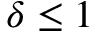
\delta \leq 1